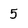
Character: 5